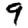
Digit: 9